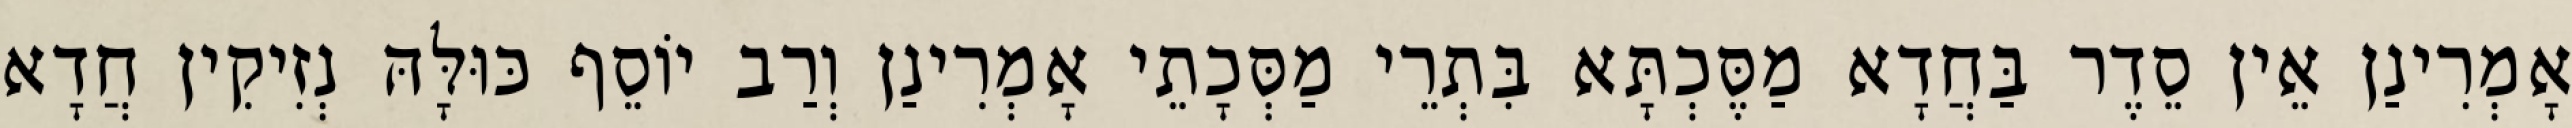
אָמְרִינַן אֵין סֵדֶר בַּחֲדָא מַסֶּכְתָּא בִּתְרֵי מַסְּכָתֵי אָמְרִינַן וְרַב יוֹסֵף כּוּלָּהּ נְזִיקִין חֲדָא